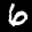
Label: 6